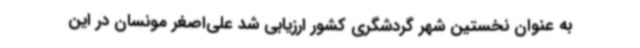
به عنوان نخستین شهر گردشگری کشور ارزیابی شد علی‌اصغر مونسان در این